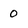
Character: 0